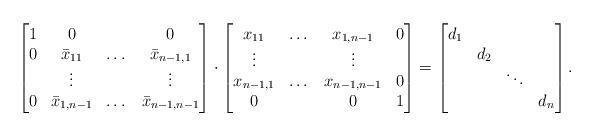
LaTeX: \begin{align*}\begin{bmatrix}1 & 0 & & 0 \\0 & \bar x_{11} & \dots & \bar x_{n-1,1} \\ & \vdots & & \vdots \\0 & \bar x_{1,n-1} & \dots & \bar x_{n-1,n-1}\end{bmatrix}\cdot\begin{bmatrix}x_{11} & \dots & x_{1,n-1} & 0\\\vdots & & \vdots & \\x_{n-1,1} & \dots & x_{n-1,n-1} & 0\\0 & & 0 & 1\\\end{bmatrix}=\begin{bmatrix}d_1 & & & \\ & d_2 & & \\ & & \ddots & \\ & & & d_n\end{bmatrix}.\end{align*}